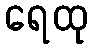
ရေထု